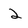
Character: 2